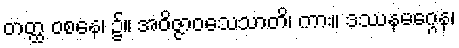
တတ္ထ ဝစနေ၊ ၌။ အဝိဇ္ဇာဝသေသာတိ၊ ကား။ ဒဿနမဂ္ဂေန၊